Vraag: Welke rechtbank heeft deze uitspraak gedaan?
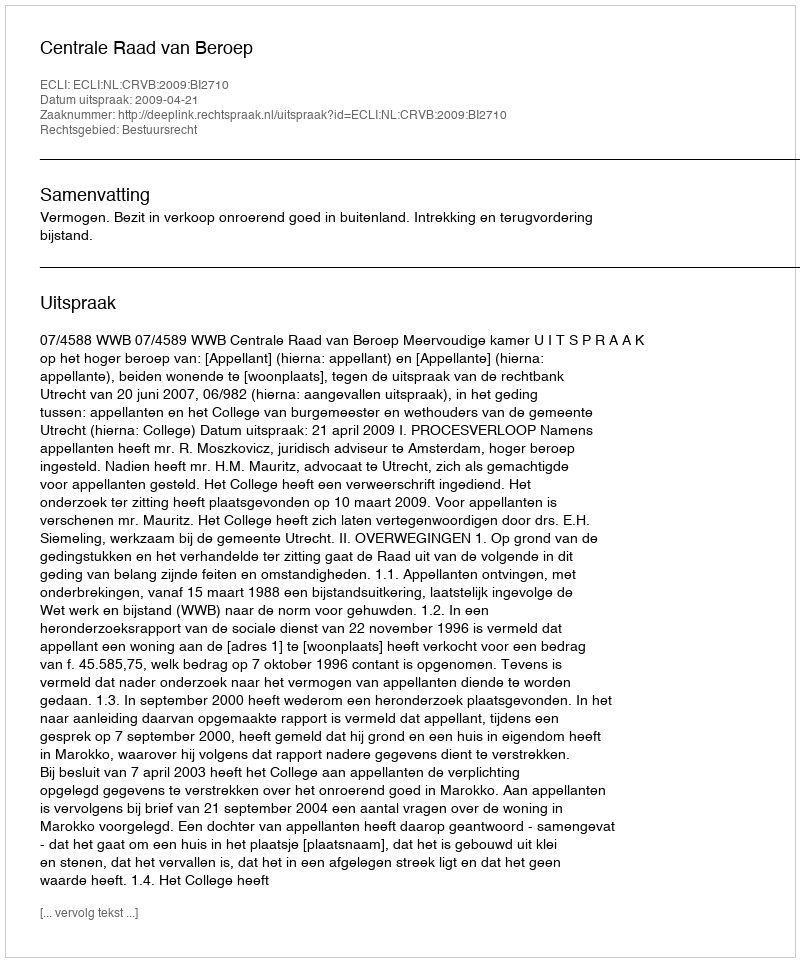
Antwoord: Centrale Raad van Beroep